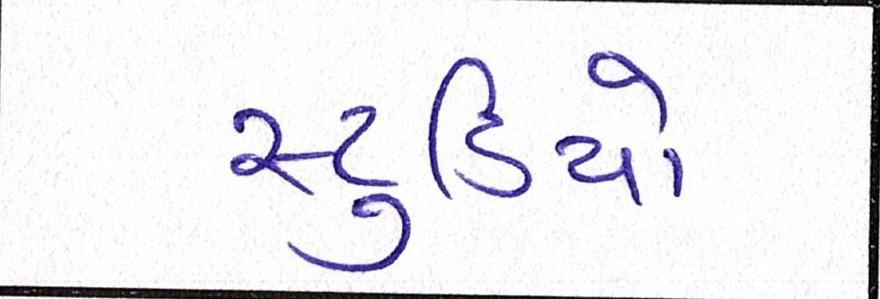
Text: સ્ટુડિયો